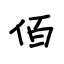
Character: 佰